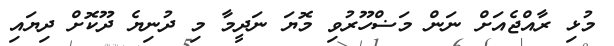
މުޅި ރާއްޖެއަށް ނަން މަޟްހޫރުވި މޮޔަ ނަދީމާ މި ދުނިޔެ ދޫކޮށް ދިޔައި